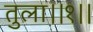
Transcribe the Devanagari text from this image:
तुला।।१।।